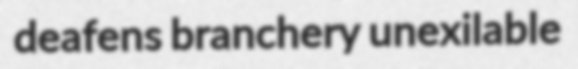
deafens branchery unexilable